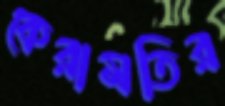
কেরামতির